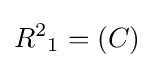
{R^{2}}_{1}=(C)